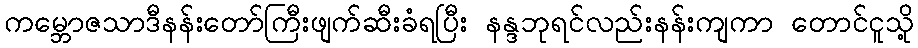
ကမ္ဘောဇသာဒီနန်းတော်ကြီးဖျက်ဆီးခံရပြီး နန္ဒဘုရင်လည်းနန်းကျကာ တောင်ငူသို့